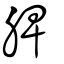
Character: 脾